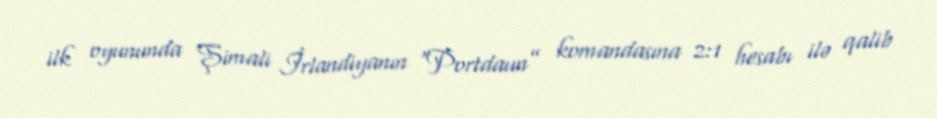
ilk oyununda Şimali İrlandiyanın “Portdaun” komandasına 2:1 hesabı ilə qalib